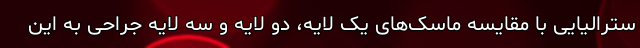
سترالیایی با مقایسه ماسک‌های یک لایه، دو لایه و سه لایه جراحی به این